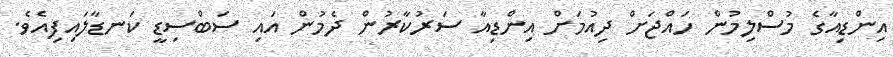
އިންޑިއާގެ މުސްލިމުން ހައްޖަށް ދިއުމަށް އިންޑިއާ ސަރުކާރުން ދެމުން އައި ސަބްސިޑީ ކަނޑާލައިފިއެވެ.